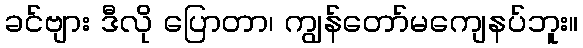
ခင်ဗျား ဒီလို ပြောတာ၊ ကျွန်တော်မကျေနပ်ဘူး။